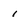
Character: 1